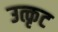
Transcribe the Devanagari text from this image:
उत्कृट